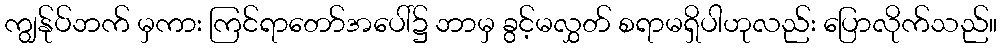
ကျွန်ုပ်ဘက် မှကား ကြင်ရာတော်အပေါ်၌ ဘာမှ ခွင့်မလွှတ် စရာမရှိပါဟုလည်း ပြောလိုက်သည်။